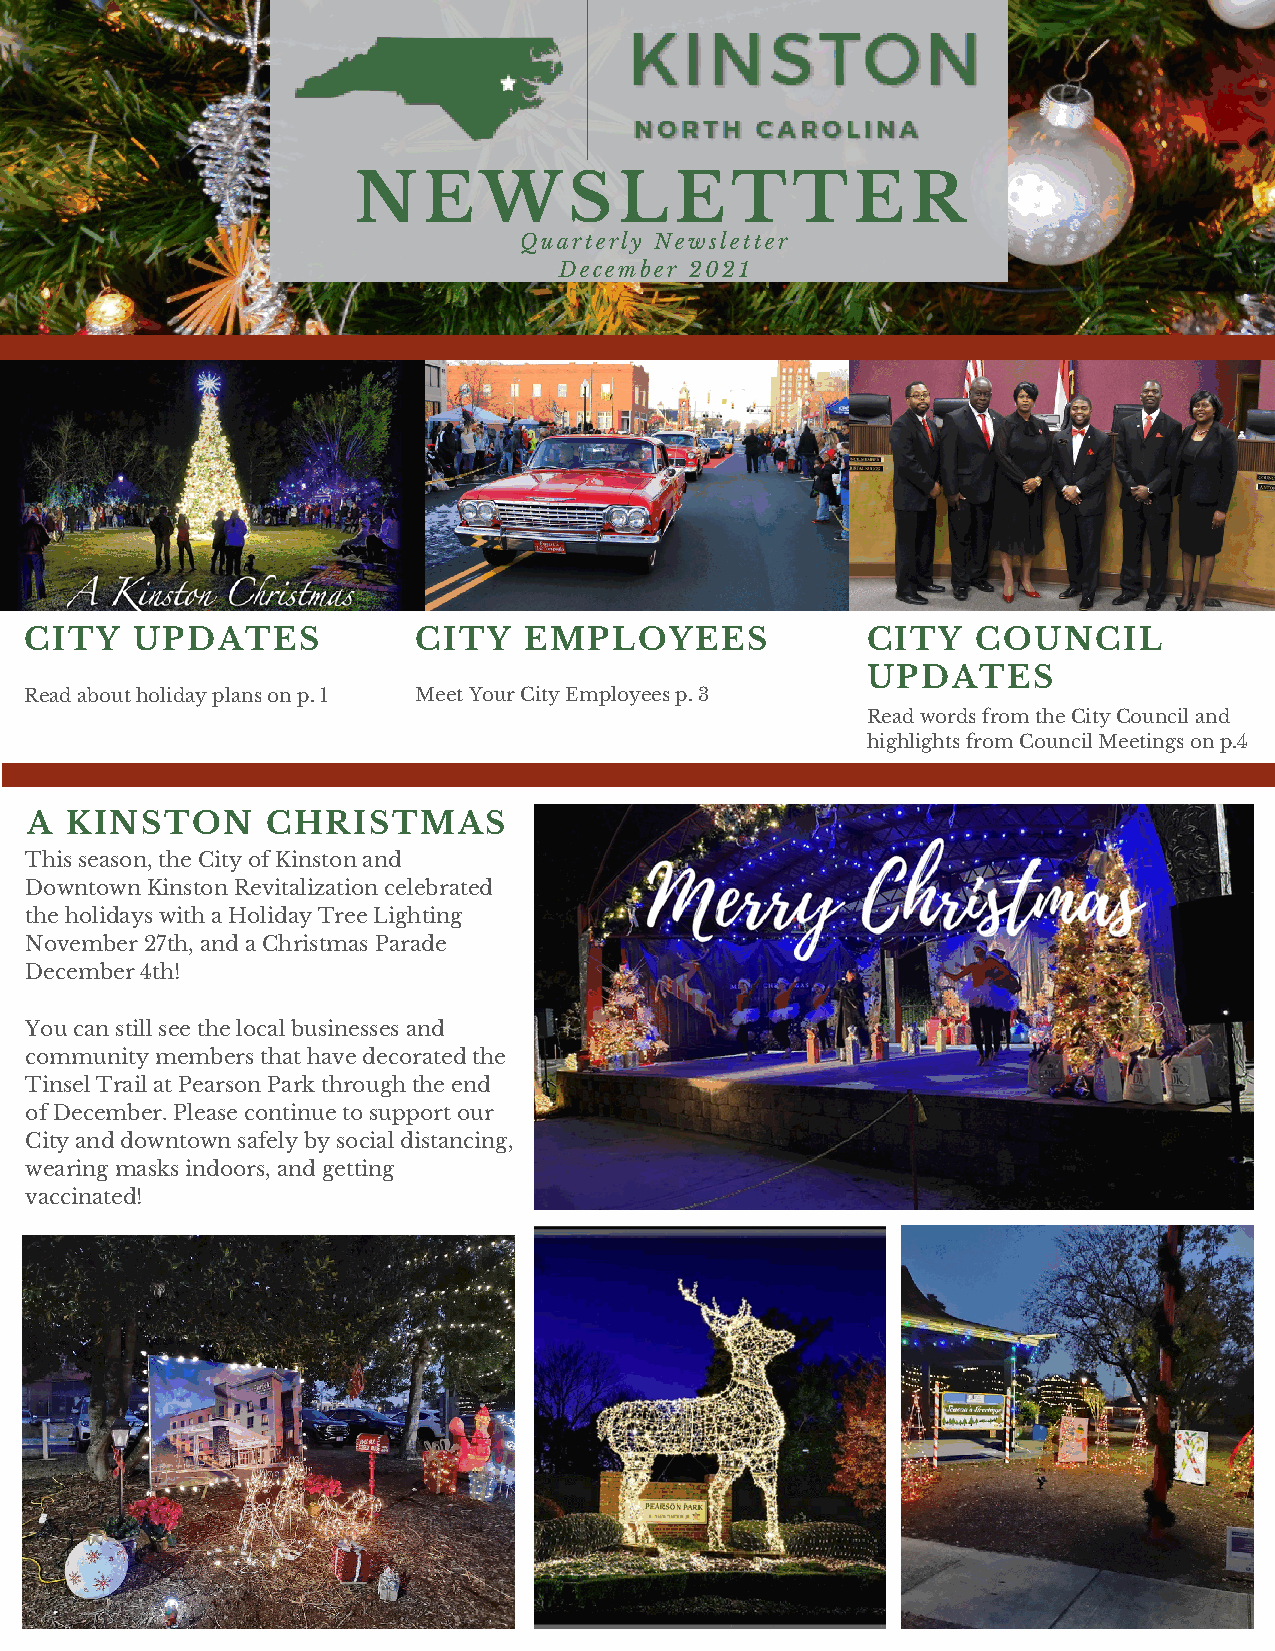
NEWSLETTER
 Quarterly Newsletter
 December 2021
 CITY   UPDATES           CITY    EMPLOYEES             CITY    COUNCIL
 UPDATES
 Read about holiday plans on p. 1 Meet Your City Employees p. 3
 Read words from the City Council and
 highlights from Council Meetings on p.4
 A KINSTON       CHRISTMAS
 This season, the City of Kinston and
 Downtown Kinston Revitalization celebrated
 the holidays with a Holiday Tree Lighting
 November 27th, and a Christmas Parade
 December 4th!
 You can still see the local businesses and
 community members that have decorated the
 Tinsel Trail at Pearson Park through the end
 of December. Please continue to support our
 City and downtown safely by social distancing,
 wearing masks indoors, and getting
 vaccinated!